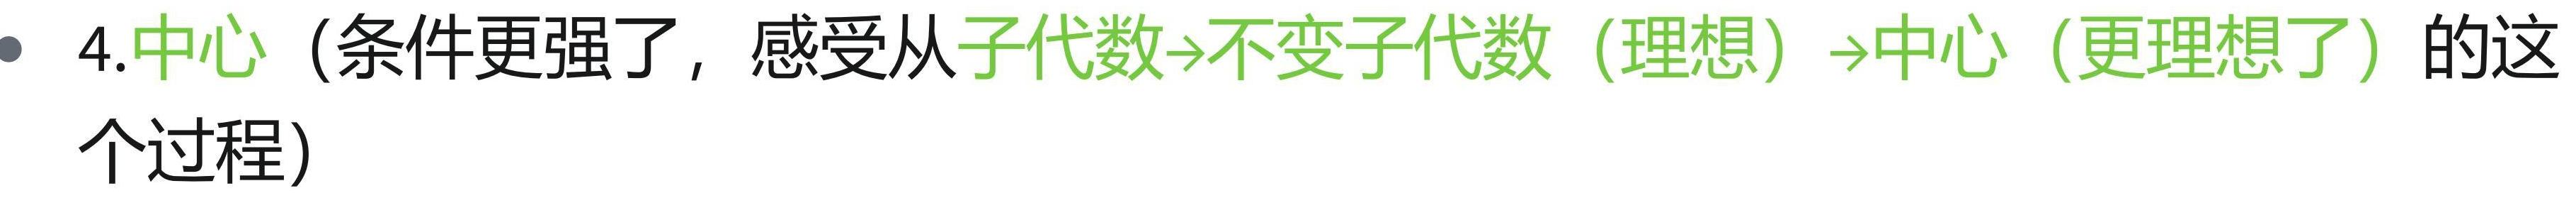
4.中心（条件更强了，感受从子代数→不变子代数（理想）→中心（更理想了）的这个过程）